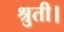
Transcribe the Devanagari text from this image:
श्रुती।